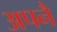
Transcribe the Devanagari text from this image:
अपनै